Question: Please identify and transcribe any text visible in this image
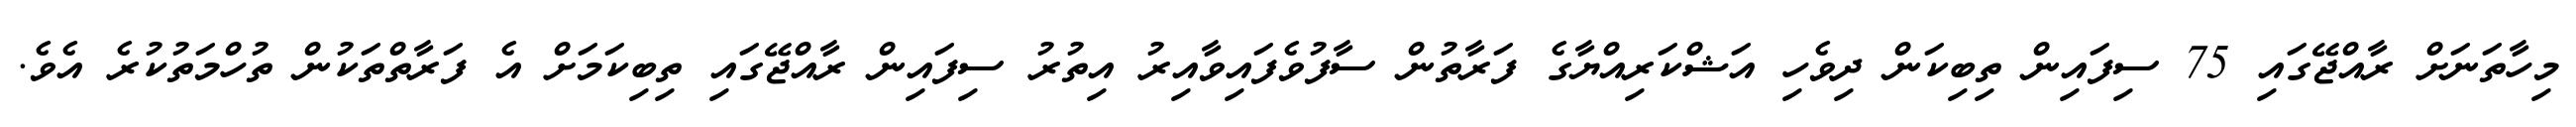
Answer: މިހާތަނަށް ރާއްޖޭގައި 75 ސިފައިން ތިބިކަން ދިވެހި އަޝްކަރިއްޔާގެ ފަރާތުން ސާފުވެފައިވާއިރު އިތުރު ސިފައިން ރާއްޖޭގައި ތިބިކަމަށް އެ ފަރާތްތަކުން ތުހްމަތުކުރެ އެވެ.